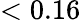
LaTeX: <0.16